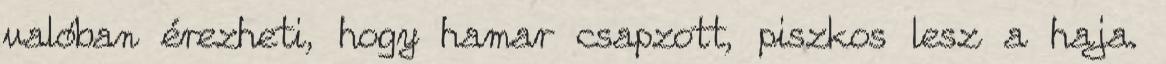
valóban érezheti, hogy hamar csapzott, piszkos lesz a haja.